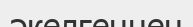
әкелгеннен